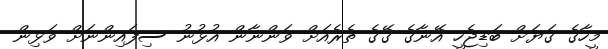
މީހާގެ ގަޔަށް ބަޑިޖެހީ އޭނާގެ ގޭގެ ތެރެއަށް ވަންނާން އުޅުނު ސިފައިންނަށް ވަޅިން